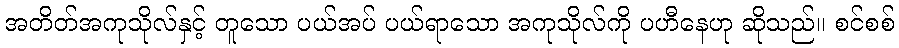
အတိတ်အကုသိုလ်နှင့် တူသော ပယ်အပ် ပယ်ရာသော အကုသိုလ်ကို ပဟီနေဟု ဆိုသည်။ စင်စစ်